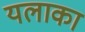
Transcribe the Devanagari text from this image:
यलाका